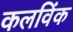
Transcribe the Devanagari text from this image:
कलविंक